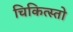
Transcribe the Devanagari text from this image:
चिकित्स्तो